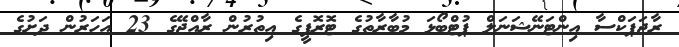
ރާޖަޕަކްސާ އިންޓަނޭޝަނަލް ޕުޓްބޯޅަ މުބާރާތުގެ ޓޮރޮފީގެ އިތުރުން ރާއްޖޭގެ 23 އަހަރުން ދަށުގެ